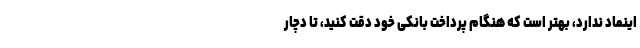
اینماد ندارد، بهتر است که هنگام پرداخت بانکی خود دقت کنید، تا دچار